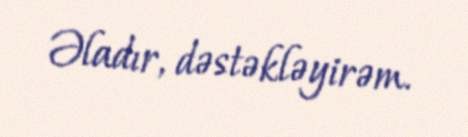
Əladır, dəstəkləyirəm.